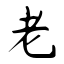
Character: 老